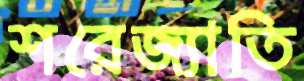
শরেজ্যাতি